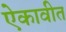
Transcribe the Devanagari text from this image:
ऐकावीत